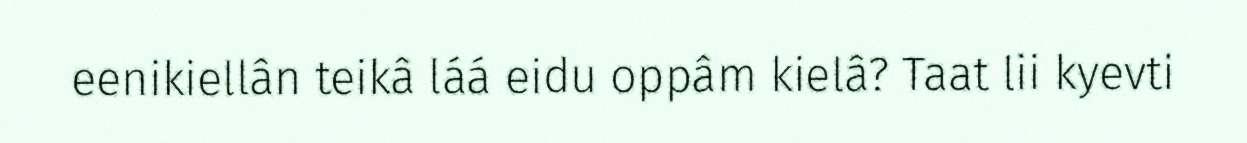
eenikiellân teikâ láá eidu oppâm kielâ? Taat lii kyevti